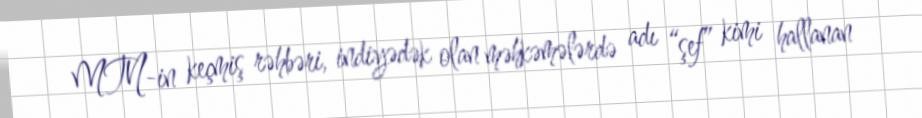
MTN-in keçmiş rəhbəri, indiyədək olan məhkəmələrdə adı “şef” kimi hallanan